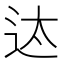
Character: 迏